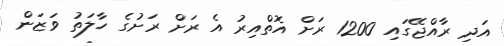
އަދި ރާއްޖޭގައި 1200 ރަށް އޮތްއިރު އެ ރަށް ރަށުގެ ހާލަތު ވަޒަން